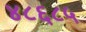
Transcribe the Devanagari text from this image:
४८६८५